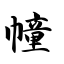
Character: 幢